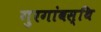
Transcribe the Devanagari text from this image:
गुरगांवस्थि